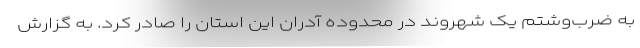
به ضرب‌وشتم یک شهروند در محدوده آدران این استان را صادر کرد. به گزارش